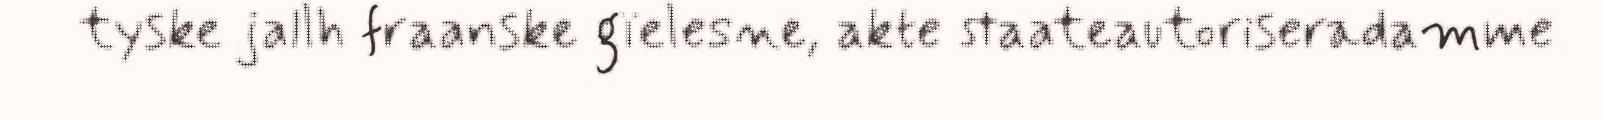
tyske jallh fraanske gïelesne, akte staateautoriseradamme